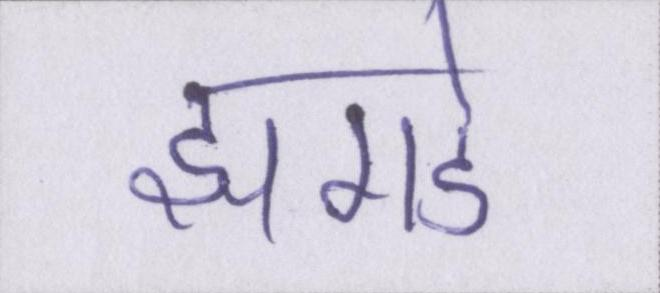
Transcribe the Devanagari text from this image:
झगडे